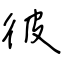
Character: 彼